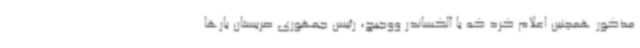
مذکور همچنین اعلام کرد که با آلکساندر ووجیچ، رئیس جمهوری صربستان بارها